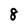
Character: 8